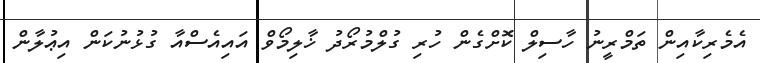
އެމެރިކާއިން ތަމްރީނު ހާސިލް ކޮށްގެން ހުރި ގުލްމުރޯދު ޚާލިމޯވް އައިއެސްއާ ގުޅުނުކަން އިޢުލާން